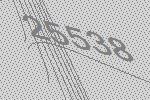
25538